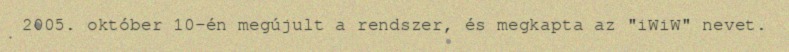
2005. október 10-én megújult a rendszer, és megkapta az "iWiW" nevet.